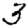
Digit: 3